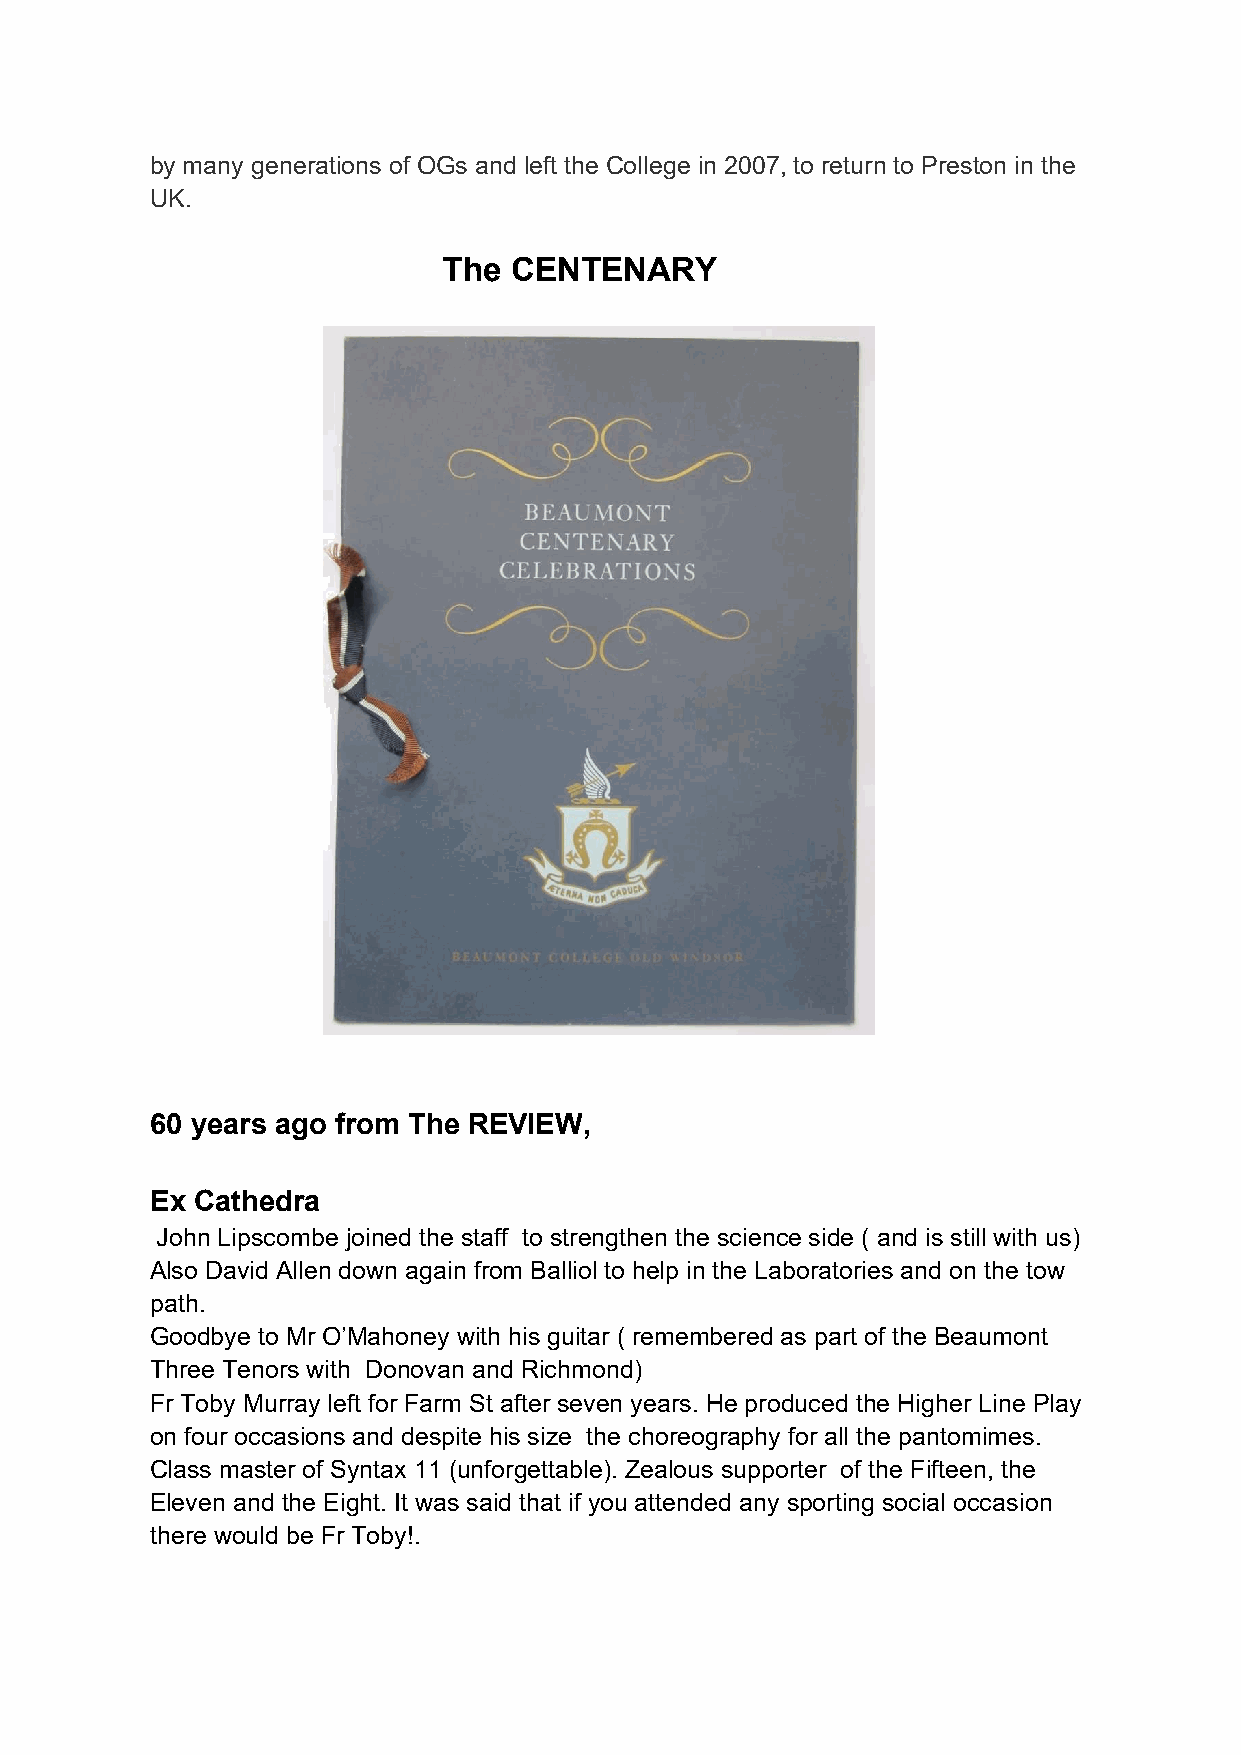
by many generations of OGs and left the College in 2007, to return to Preston in the
 UK.
 The  CENTENARY
 60 years ago from The REVIEW,
 Ex Cathedra
 John Lipscombe joined the staff to strengthen the science side ( and is still with us)
 Also David Allen down again from Balliol to help in the Laboratories and on the tow
 path.
 Goodbye to Mr O’Mahoney with his guitar ( remembered as part of the Beaumont
 Three Tenors with Donovan and Richmond)
 Fr Toby Murray left for Farm St after seven years. He produced the Higher Line Play
 on four occasions and despite his size the choreography for all the pantomimes.
 Class master of Syntax 11 (unforgettable). Zealous supporter of the Fifteen, the
 Eleven and the Eight. It was said that if you attended any sporting social occasion
 there would be Fr Toby!.